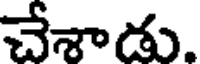
చేశాడు.